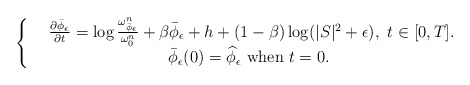
\begin{align*} \left \{\begin{array}{ccr} & \frac{\partial \bar{\phi}_{\epsilon}}{\partial t}=\log\frac{\omega_{\bar{\phi}_{\epsilon}}^n}{\omega_0^n}+\beta\bar{\phi}_{\epsilon}+h+(1-\beta)\log(|S|^2+\epsilon),\ t\in[0,T].\\ & \bar{\phi}_{\epsilon}(0)= \widehat{\phi}_{\epsilon} \ \textrm{when} \ t=0.\ \\\end{array} \right.\end{align*}